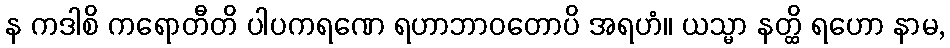
န ကဒါစိ ကရောတီတိ ပါပကရဏေ ရဟာဘာဝတောပိ အရဟံ။ ယသ္မာ နတ္ထိ ရဟော နာမ,